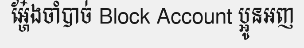
អ្ហែ៎ងចាំបាច់ Block Account ប្អូនអញ